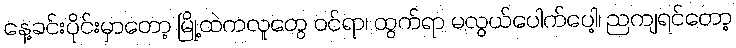
နေ့ခင်းပိုင်းမှာတော့ မြို့ထဲကလူတွေ ဝင်ရာ၊ ထွက်ရာ မလွယ်ပေါက်ပေါ့၊ ညကျရင်တော့